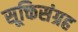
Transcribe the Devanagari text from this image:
सूक्तिसंग्रह